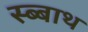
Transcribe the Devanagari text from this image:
स्ब्बाथ